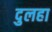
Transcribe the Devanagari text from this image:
दुलहा